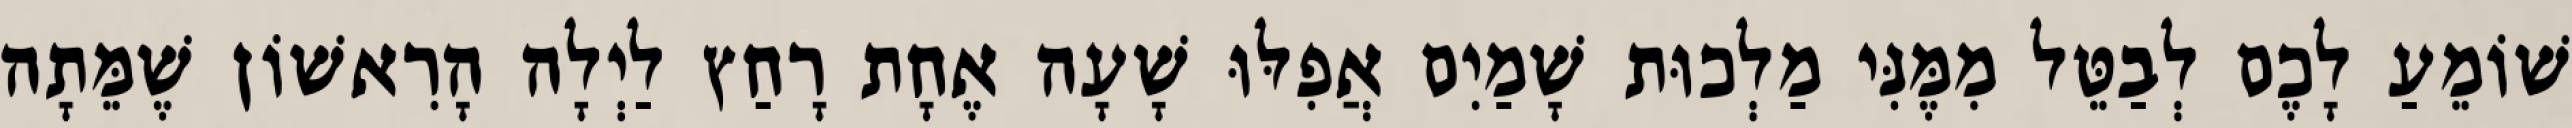
שׁוֹמֵעַ לָכֶם לְבַטֵּל מִמֶּנִּי מַלְכוּת שָׁמַיִם אֲפִלּוּ שָׁעָה אֶחָת רָחַץ לַיְלָה הָרִאשׁוֹן שֶׁמֵּתָה